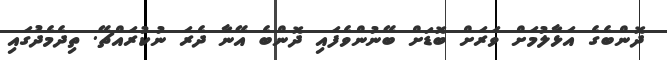
ދޮންބެގެ އަޅާލުމަށް ވަރަށް ބޮޑަށް ބޭނުންވެފައި ދޮންބެ އޭނާ ދެރަ ނުކުރައްޗޭ. ތިދެމެދުގައި